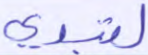
لتبدي